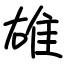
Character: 䧺